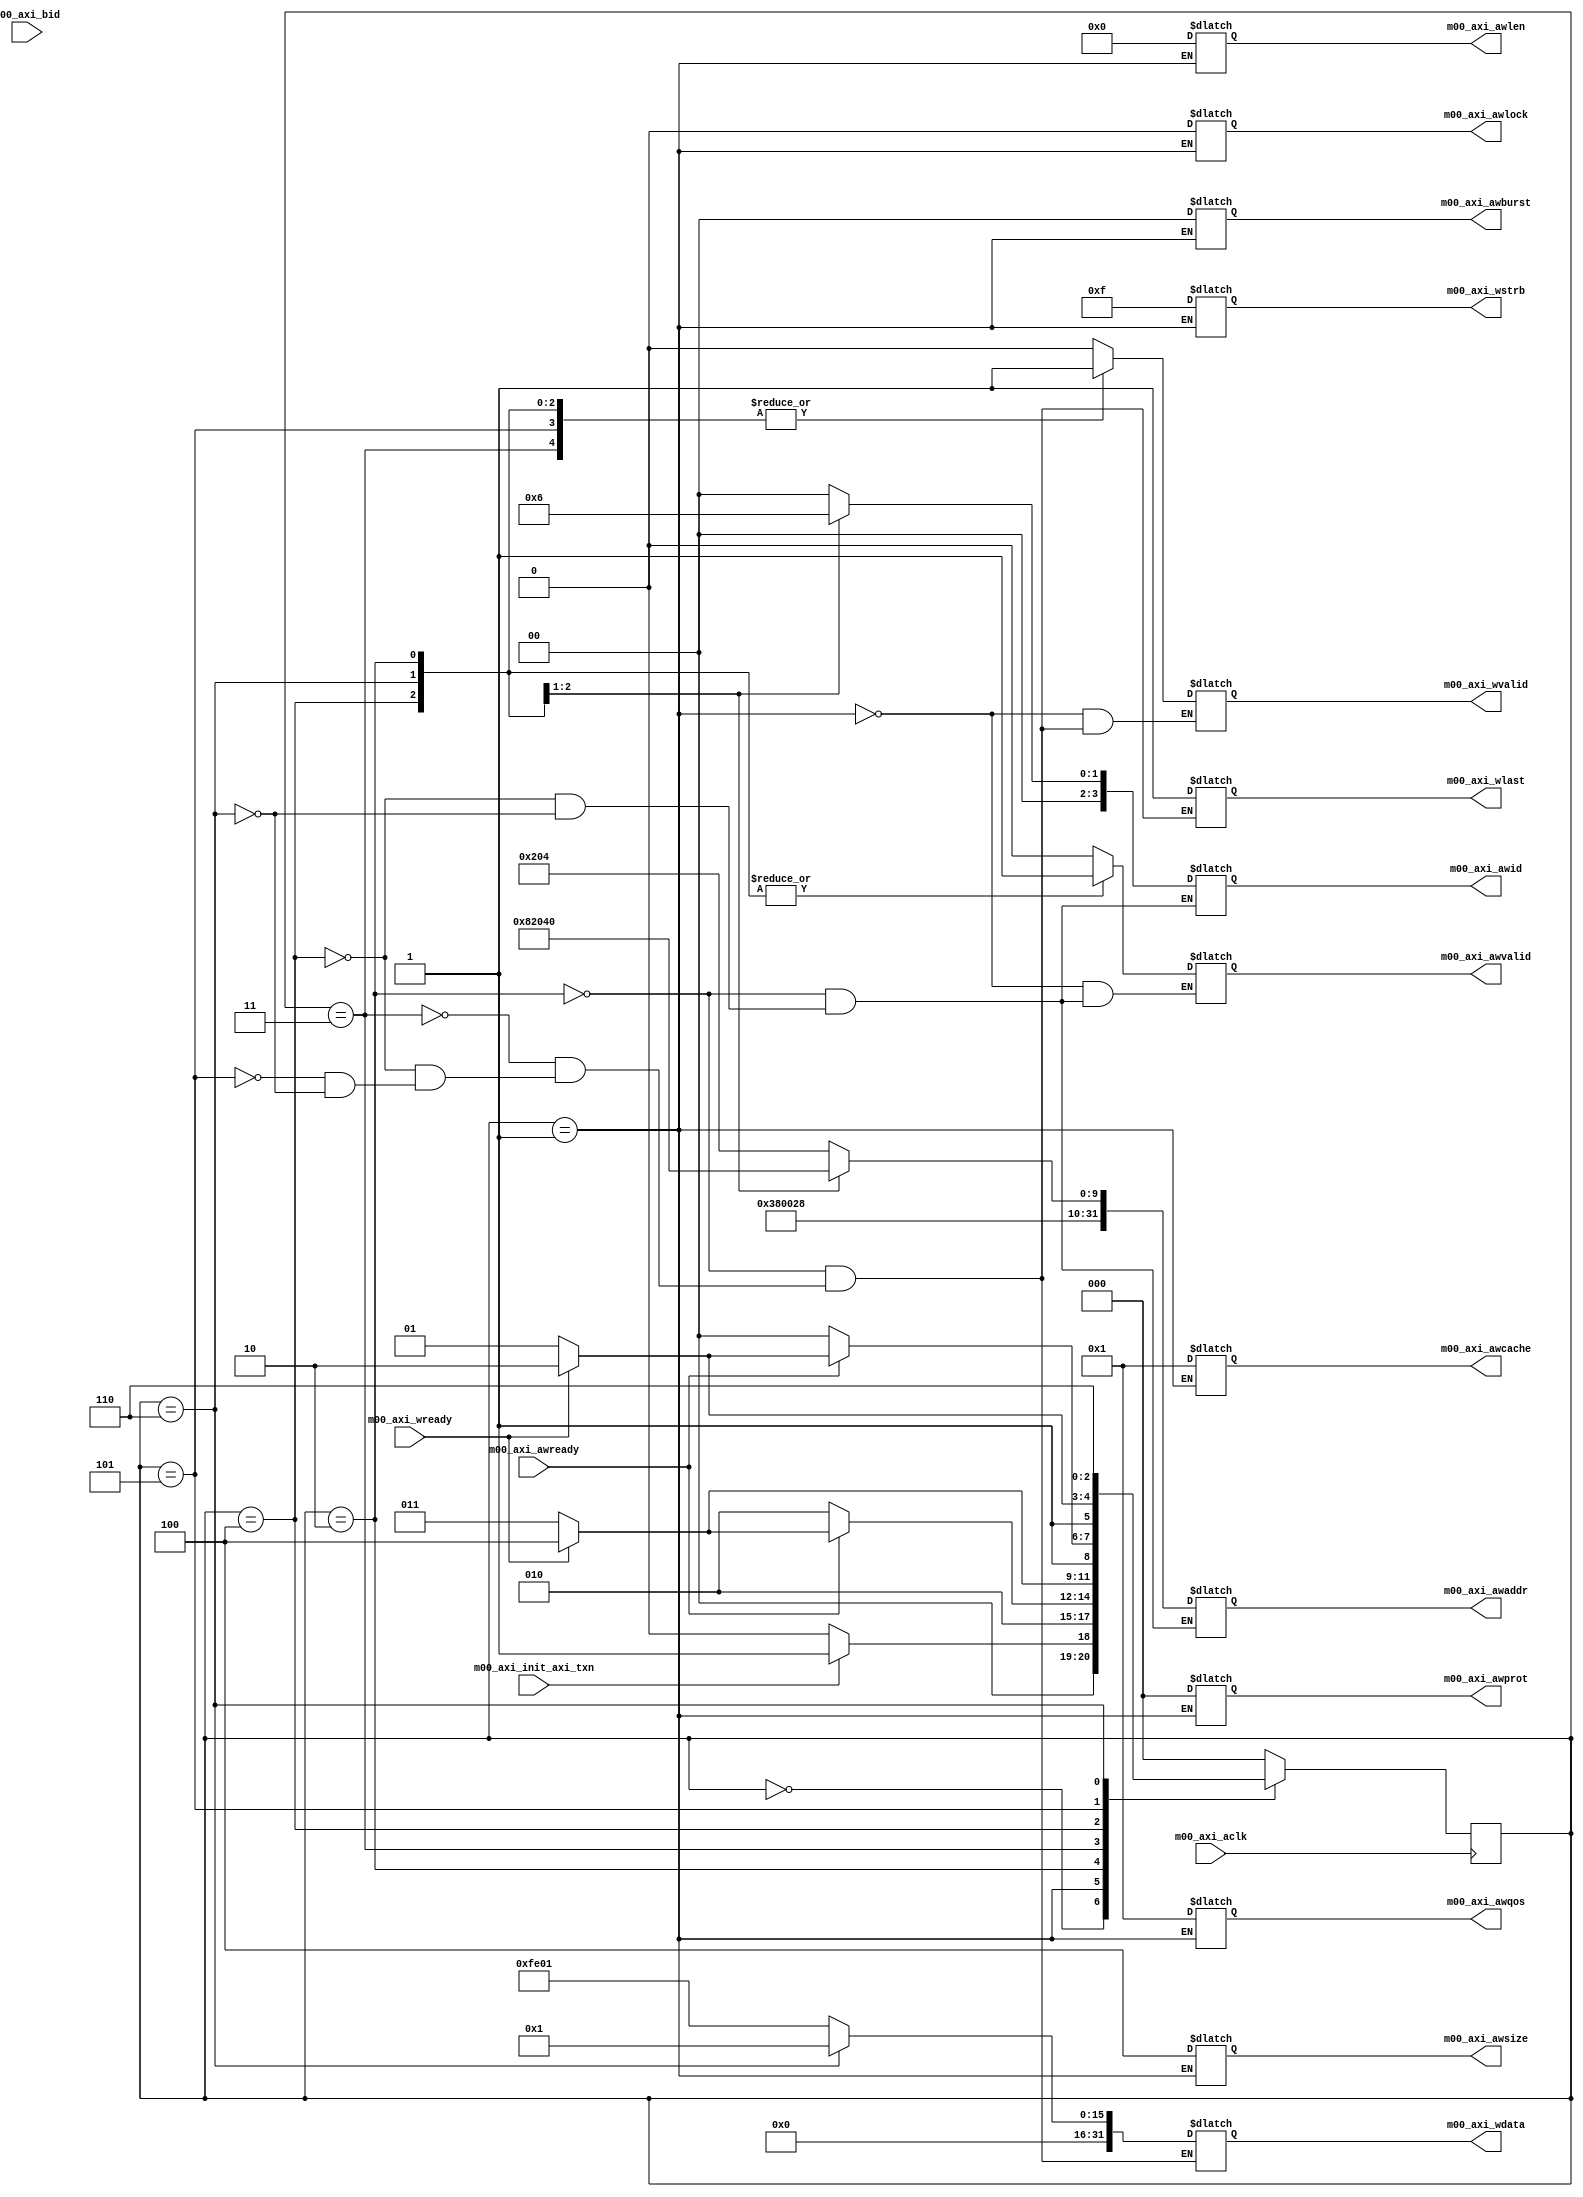
module controller(
		m00_axi_init_axi_txn,
		m00_axi_aclk,
		m00_axi_awid,
		m00_axi_awaddr,
		m00_axi_awlen,
		m00_axi_awsize,
		m00_axi_awburst,
		m00_axi_awlock,
		m00_axi_awcache,
		m00_axi_awprot,
		m00_axi_awqos,
		m00_axi_awvalid,
		m00_axi_awready,
		m00_axi_wdata,
		m00_axi_wstrb,
		m00_axi_wlast,
		m00_axi_wvalid,
		m00_axi_wready,
		m00_axi_bid
	);

	input m00_axi_init_axi_txn;
	input m00_axi_aclk;
	output reg [3 : 0] m00_axi_awid;
	output reg [31 : 0] m00_axi_awaddr;
	output reg [7 : 0] m00_axi_awlen;
	output reg [2 : 0] m00_axi_awsize;
	output reg [1 : 0] m00_axi_awburst;
	output reg  m00_axi_awlock;
	output reg [3 : 0] m00_axi_awcache;
	output reg [2 : 0] m00_axi_awprot;
	output reg [3 : 0] m00_axi_awqos;
	output reg  m00_axi_awvalid;
	input m00_axi_awready;
	output reg [31 : 0] m00_axi_wdata;
	output reg [3 : 0] m00_axi_wstrb;
	output reg  m00_axi_wlast;
	output reg  m00_axi_wvalid;
	input m00_axi_wready;
	input [3 : 0] m00_axi_bid;

	parameter t_0=3'b000; 
	parameter t_1=3'b001; 
	parameter t_2=3'b010;
	parameter t_3=3'b011; 
	parameter t_4=3'b100; 
	parameter t_5=3'b101; 
	parameter t_6=3'b110;	
	
	reg[2:0] cur, next;
	
	always @(posedge m00_axi_aclk) begin
		cur=next;
	end
	
	always @(*) begin
		case(cur)
			t_0: begin
				if(m00_axi_init_axi_txn) next=t_1;
				else next=t_0;
			end
			t_1: begin
				next=t_2;
			end
			t_2: begin
				if(m00_axi_awready) begin
					if(m00_axi_wready) next=t_4;
					else next=t_3;
				end
				else next=t_2;
			end
			t_3: begin
				if(m00_axi_wready) next=t_4;
				else next=t_3;
			end
			t_4: begin
				if(m00_axi_awready) begin
					if(m00_axi_wready) next=t_6;
					else next=t_5;
				end
				else next=t_4;
			end
			t_5:  begin
				if(m00_axi_wready) next=t_6;
				else next=t_5;
			end
			t_6: begin
				next<=t_6;
			end
		default next<=t_0;
		endcase
	end
	
	always @(*) begin
		case(cur)
			t_1: begin
				m00_axi_awlen=8'b00000000;
				m00_axi_awsize=3'b100;
				m00_axi_awburst=2'b00;
				m00_axi_awlock=2'b00;
				m00_axi_awcache=4'b0001;
				m00_axi_awprot=3'b000;
				m00_axi_awqos=4'b0001;
				m00_axi_wstrb=4'b1111;
				m00_axi_awvalid=1'b0;
				m00_axi_wvalid=1'b0;
			end
			t_2: begin
				m00_axi_awid=4'b0000;
				m00_axi_awaddr=32'he000a204;
				//m00_axi_wid=4'b0000;
				m00_axi_wdata=32'h0000fe01;
				m00_axi_wlast=1'b1;
				m00_axi_awvalid=1'b1;
				m00_axi_wvalid=1'b1;
			end
			t_3: begin
				//m00_axi_wid=4'b0000;
				m00_axi_wdata=32'h0000fe01;
				m00_axi_wlast=1'b1;
				m00_axi_wvalid=1'b1;
			end
			t_4: begin
				m00_axi_awid=4'b0001;
				m00_axi_awaddr=32'he000a208;
				//m00_axi_wid=4'b0001;
				m00_axi_wdata=32'h0000fe01;
				m00_axi_wlast=1'b1;
				m00_axi_awvalid=1'b1;
				m00_axi_wvalid=1'b1;
			end
			t_5: begin
				//m00_axi_wid=4'b0001;
				m00_axi_wdata=32'h0000fe01;
				m00_axi_wlast=1'b1;
				m00_axi_wvalid=1'b1;
			end
			t_6: begin
				m00_axi_awid=4'b0010;
				m00_axi_awaddr=32'he000a040;
				//m00_axi_wid=4'b0010;
				m00_axi_wdata=32'h00000001;
				m00_axi_wlast=1'b1;
				m00_axi_awvalid=1'b1;
				m00_axi_wvalid=1'b1;
			end
		endcase
	end
endmodule